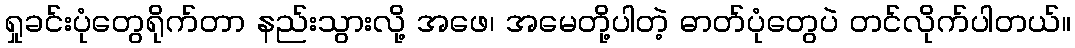
ရှုခင်းပုံတွေရိုက်တာ နည်းသွားလို့ အဖေ၊ အမေတို့ပါတဲ့ ဓာတ်ပုံတွေပဲ တင်လိုက်ပါတယ်။